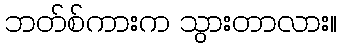
ဘတ်စ်ကားက သွားတာလား။